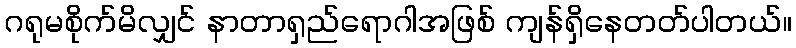
ဂရုမစိုက်မိလျှင် နာတာရှည်ရောဂါအဖြစ် ကျန်ရှိနေတတ်ပါတယ်။